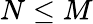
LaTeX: N\leq M